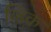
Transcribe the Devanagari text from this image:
व्हिक